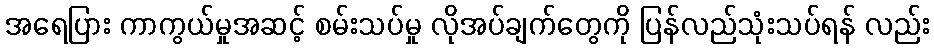
အရေပြား ကာကွယ်မှုအဆင့် စမ်းသပ်မှု လိုအပ်ချက်တွေကို ပြန်လည်သုံးသပ်ရန် လည်း